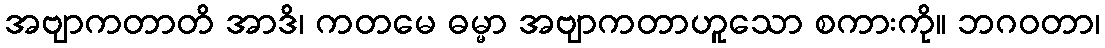
အဗျာကတာတိ အာဒိ၊ ကတမေ ဓမ္မာ အဗျာကတာဟူသော စကားကို။ ဘဂဝတာ၊